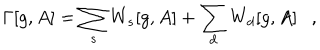
LaTeX: \Gamma [ g , A ] = \sum _ { s } W _ { s } [ g , A ] + \sum _ { d } W _ { d } [ g , A ] ,